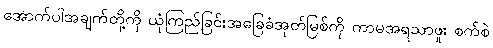
အောက်ပါအချက်တို့ကို ယုံကြည်ခြင်းအခြေခံအုတ်မြစ်ကို ကာမအရသာဖူး စက်စဲ